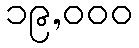
၁၉,၀၀၀